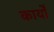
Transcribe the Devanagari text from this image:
कार्योँ